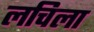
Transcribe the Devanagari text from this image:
लचिला